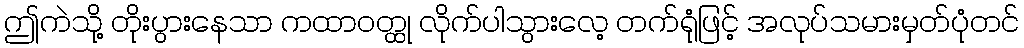
ဤကဲသို့ တိုးပွားနေသာ ကထာဝတ္ထု လိုက်ပါသွားလေ့ တက်ရုံဖြင့် အလုပ်သမားမှတ်ပုံတင်